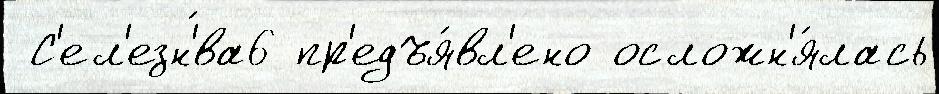
 С'ел'езн'́ва6 пр'едъя́вл'ено осложн'я́лась